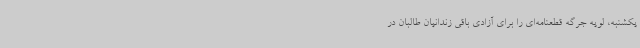
یکشنبه، لویه جرگه قطعنامه‌ای را برای آزادی باقی زندانیان طالبان در